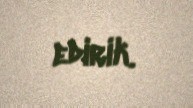
edirik.